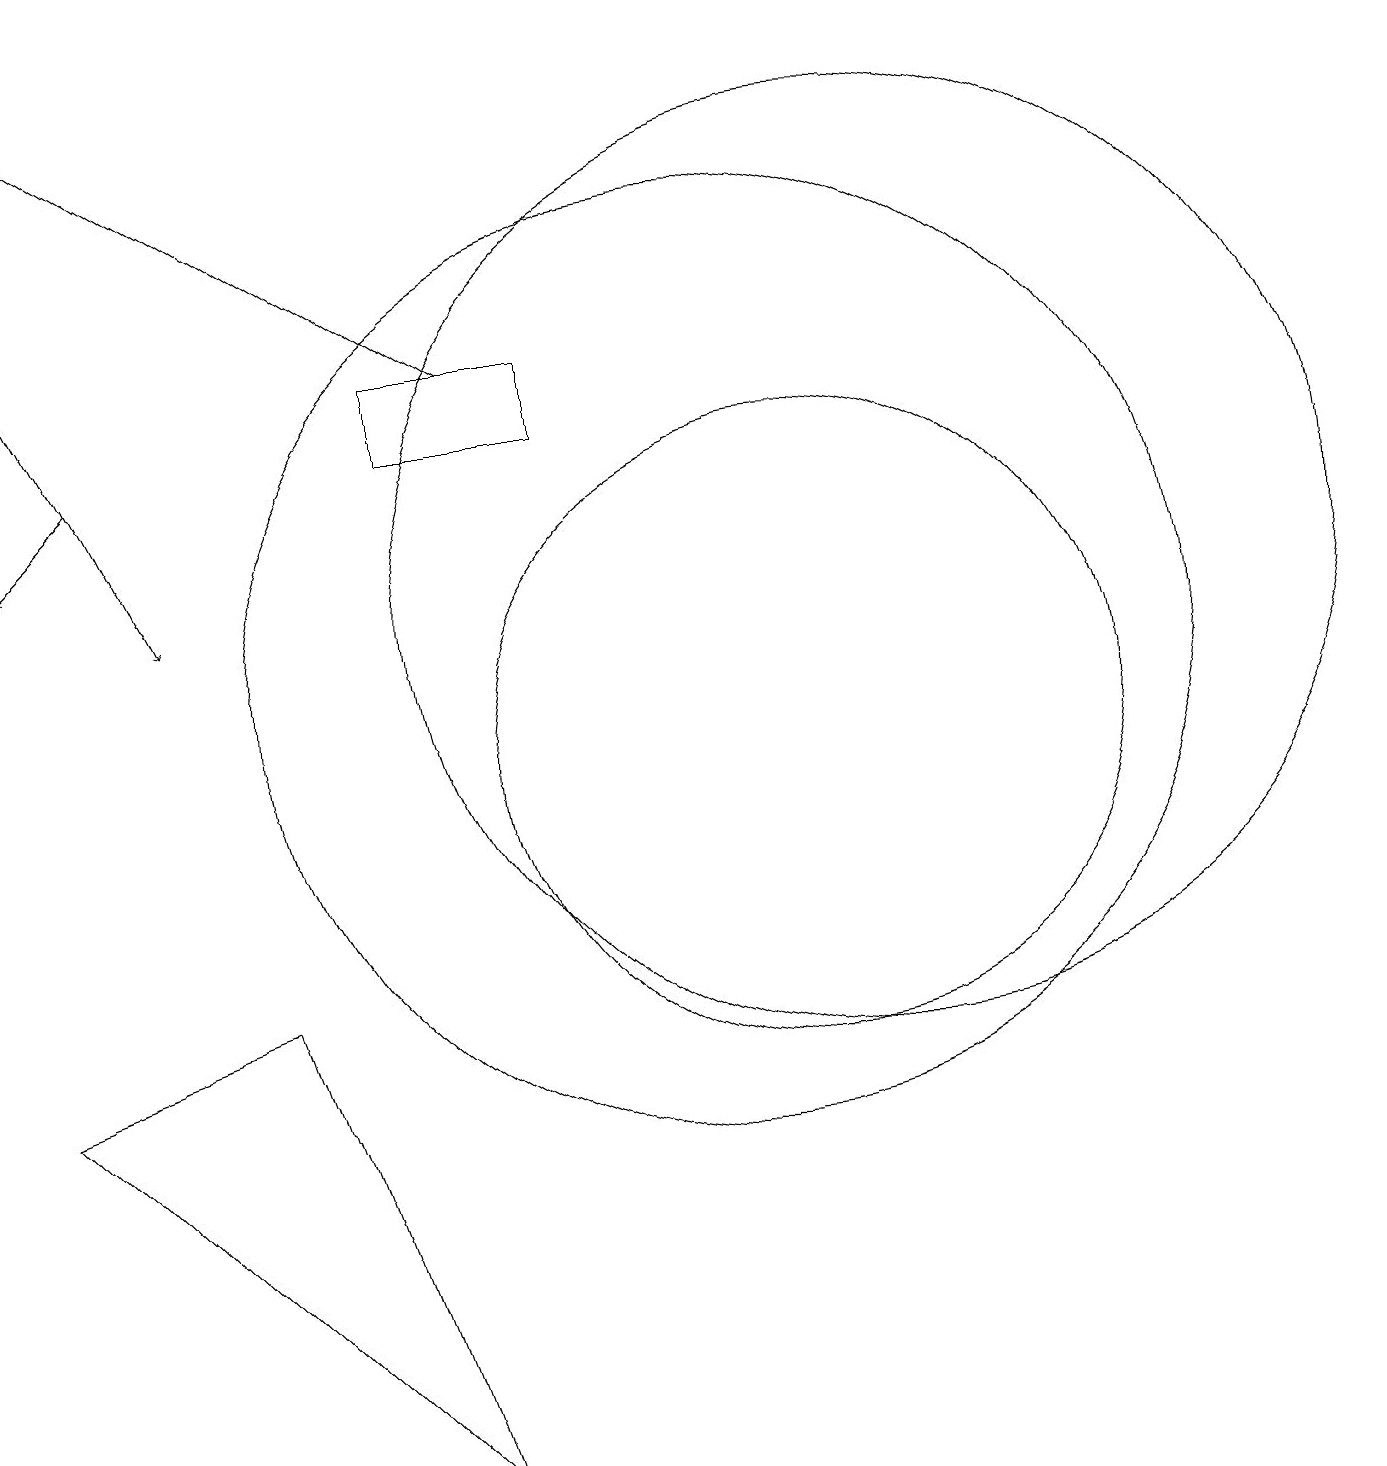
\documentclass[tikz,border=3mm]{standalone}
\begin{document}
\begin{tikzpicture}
\draw (10,11) circle (6);
\draw (12,12) circle (6);
\draw[->] (7,15) -- (1,19);
\draw (11,10) circle (4);
\draw[->] (1,16) -- (3,12);
\draw (4,7) -- (1,6) -- (6,1) -- cycle;
\draw (8,14) rectangle (6,15);
\draw[->] (2,14) -- (1,13);
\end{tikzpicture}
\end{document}